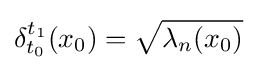
\delta _{t_{0}}^{t_{1}}(x_{0})={\sqrt {\lambda _{n}(x_{0})}}